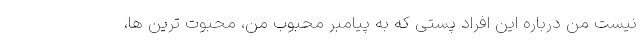
نیست من درباره این افراد پستی که به پیامبر محبوب من، محبوت ترین ها،